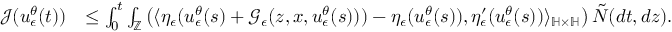
\begin{array} { r l } { \mathcal { J } ( u _ { \epsilon } ^ { \theta } ( t ) ) } & { \leq \int _ { 0 } ^ { t } \int _ { \mathbb { Z } } \left( \langle \eta _ { \epsilon } ( u _ { \epsilon } ^ { \theta } ( s ) + \mathcal { G } _ { \epsilon } ( z , x , u _ { \epsilon } ^ { \theta } ( s ) ) ) - \eta _ { \epsilon } ( u _ { \epsilon } ^ { \theta } ( s ) ) , \eta _ { \epsilon } ^ { \prime } ( u _ { \epsilon } ^ { \theta } ( s ) ) \rangle _ { \mathbb { H } \times \mathbb { H } } \right) \tilde { N } ( d t , d z ) . } \end{array}